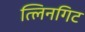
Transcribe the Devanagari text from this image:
त्लिनगिट